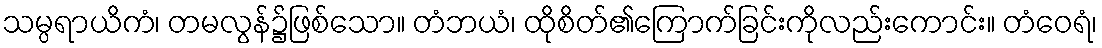
သမ္ပရာယိကံ၊ တမလွန်၌ဖြစ်သော။ တံဘယံ၊ ထိုစိတ်၏ကြောက်ခြင်းကိုလည်းကောင်း။ တံဝေရံ၊